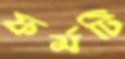
ফর্মটি